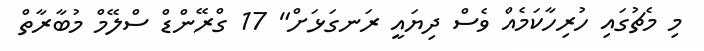
މި މެޗުގައި ހުރިހާކަމެއް ވެސް ދިޔައީ ރަނގަޅަށް" 17 ގްރޭންޑް ސްލޭމް މުބާރާތް